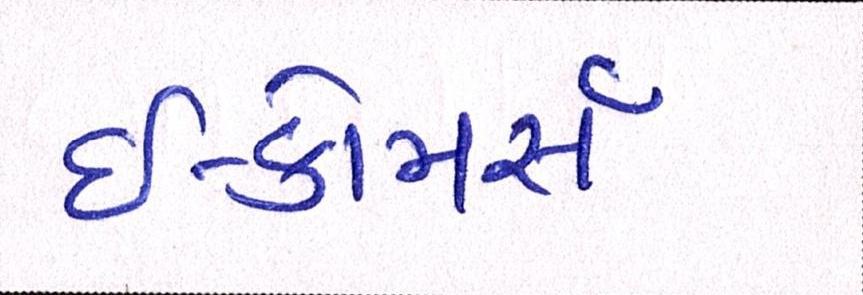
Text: ઇ-કોમસૅ